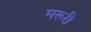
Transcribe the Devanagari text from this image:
मरूरी